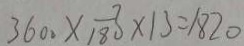
3 6 0 0 \times \frac { 7 } { 1 8 0 } \times 1 3 = 1 8 2 0